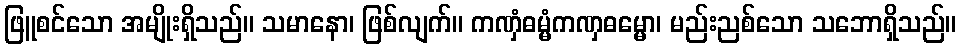
ဖြူစင်သော အမျိုးရှိသည်။ သမာနော၊ ဖြစ်လျက်။ ကဏှံဓမ္မံကဏှဓမ္မော၊ မည်းညစ်သော သဘောရှိသည်။